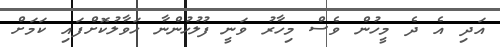
އަދި އެ ދެ މީހުން ވެސް މިހާރު ވަނީ ފުލުހުންނާ ހަވާލުކޮށްފައި ކަމަށް